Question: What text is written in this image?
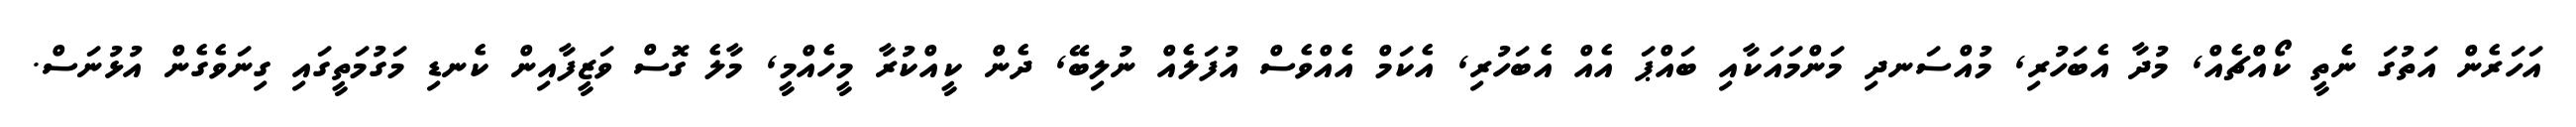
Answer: އަހަރެން އަތުގަ ނެތީ ކޯއްޗެއް, މުދާ އެބަހުރި, މުއްސަނދި މަންމައަކާއި ބައްޕަ އެއް އެބަހުރި, އެކަމް އެއްވެސް އުފަލެއް ނުލިބޭ, ދެން ކީއްކުރާ މީހެއްމީ, މާލެ ގޮސް ވަޒީފާއިން ކެނޑި މަގުމަތީގައި ގިނަވެގެން އުޅުނަސް.